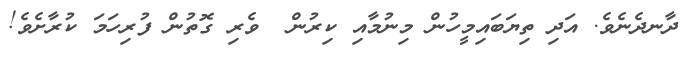
ދާނދެނެވެ. އަދި ތިޔަބައިމީހުން މިނުމާއި ކިރުން  ވެރި ގޮތުން ފުރިހަމަ ކުރާށެވެ!